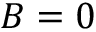
B = 0